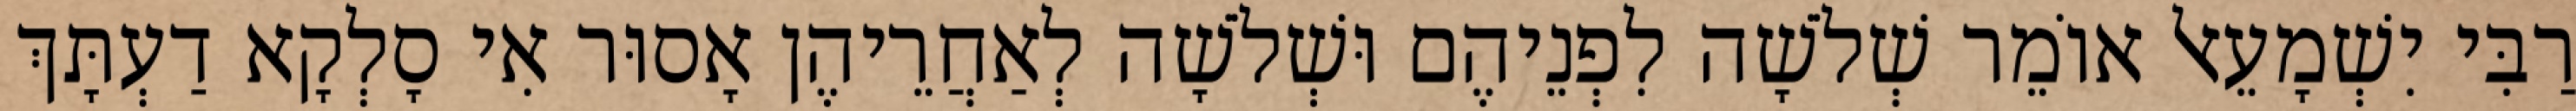
רַבִּי יִשְׁמָעֵאל אוֹמֵר שְׁלֹשָׁה לִפְנֵיהֶם וּשְׁלֹשָׁה לְאַחֲרֵיהֶן אָסוּר אִי סָלְקָא דַעְתָּךְ